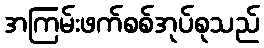
အကြမ်းဖက်စစ်အုပ်စုသည်